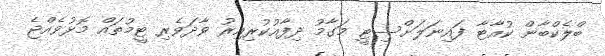
ބްލެކްބާން ކުއާޓާ ފައިނަލަށްސިޓީ މަގާމު ދިފާއުކުރިއިރު ވާދަވެރި ޓީމުތައް މޮޅުވެއްޖެ